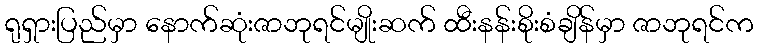
ရုရှားပြည်မှာ နောက်ဆုံးဇာဘုရင်မျိုးဆက် ထီးနန်းစိုးစံချိန်မှာ ဇာဘုရင်က